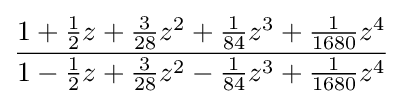
{\frac {1+{\frac {1}{2}}z+{\frac {3}{28}}z^{2}+{\frac {1}{84}}z^{3}+{\frac {1}{1680}}z^{4}}{1-{\frac {1}{2}}z+{\frac {3}{28}}z^{2}-{\frac {1}{84}}z^{3}+{\frac {1}{1680}}z^{4}}}